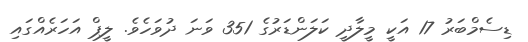
ޑިސެމްބަރު 17 އަކީ މީލާދީ ކަލަންޑަރުގެ 351 ވަނަ ދުވަހެވެ. ލީޕް އަހަރެއްގައި